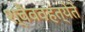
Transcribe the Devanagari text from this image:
श्वैववहंत्येते